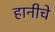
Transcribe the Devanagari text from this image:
हानीचे